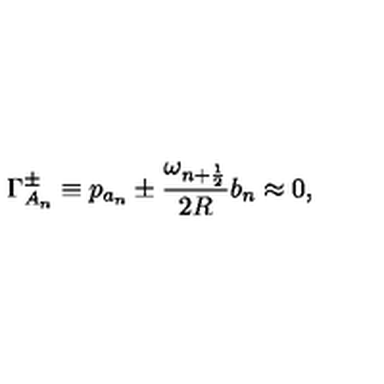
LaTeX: \Gamma _ { A _ { n } } ^ { \pm } \equiv p _ { a _ { n } } \pm \frac { \omega _ { n + \frac { 1 } { 2 } } } { 2 R } b _ { n } \approx 0 ,